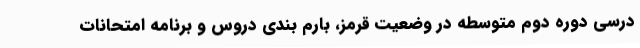
درسی دوره دوم متوسطه در وضعیت قرمز، بارم بندی دروس و برنامه امتحانات